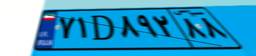
۹۱D۴۴۲۸۳